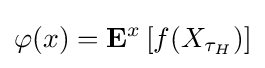
\varphi (x)=\mathbf {E} ^{x}\left[f(X_{\tau _{H}})\right]